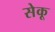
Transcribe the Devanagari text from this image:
सेकू